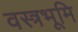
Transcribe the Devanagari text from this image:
वस्त्रभूमि